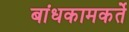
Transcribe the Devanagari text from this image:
बांधकामकर्ते